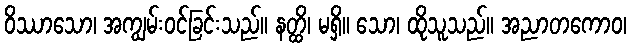
ဝိဿာသော၊ အကျွမ်းဝင်ခြင်းသည်။ နတ္ထိ၊ မရှိ။ သော၊ ထိုသူသည်။ အညာတကောဝ၊